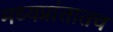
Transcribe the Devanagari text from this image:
मध्यप्रांतातच